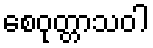
စေဝုတ္တာသဝါ